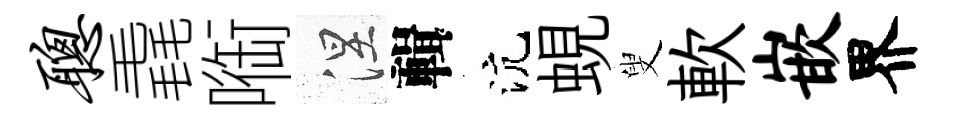
聪毳㗸涅輯沆蜆叟軟嵌界